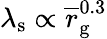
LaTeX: \lambda_{\mathrm{s}}\propto\overline{r}_{\mathrm{g}}^{0.3}